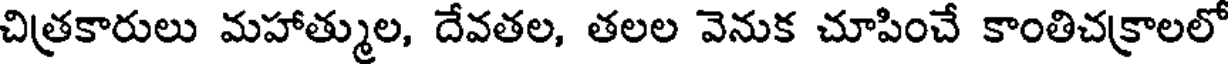
చిత్రకారులు మహాత్ముల, దేవతల, తలల వెనుక చూపించే కాంతిచక్రాలలో